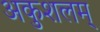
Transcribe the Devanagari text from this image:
अकुशलम्